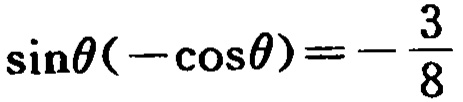
\(\sin\theta(-\cos\theta)=-\frac{3}{8}\)